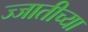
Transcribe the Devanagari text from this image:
ज्जातीच्या